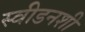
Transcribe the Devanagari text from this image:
स्वीडनशी